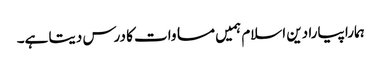
ہمارا پیارا دین اسلام ہمیں مساوات کا درس دیتا ہے۔